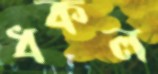
ধকল